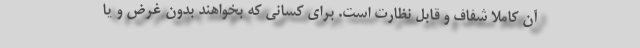
آن کاملا شفاف و قابل نظارت است. برای کسانی که بخواهند بدون غرض و یا